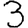
Digit: 3